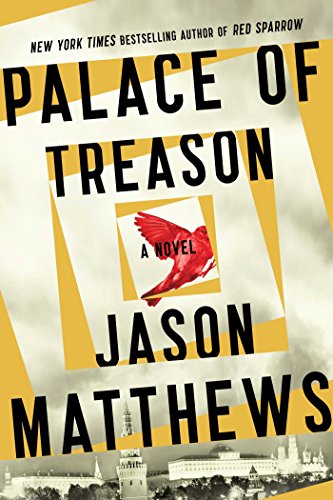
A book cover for Palace of Treason: A Novel; Jason Matthews; Mystery, Thriller & Suspense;